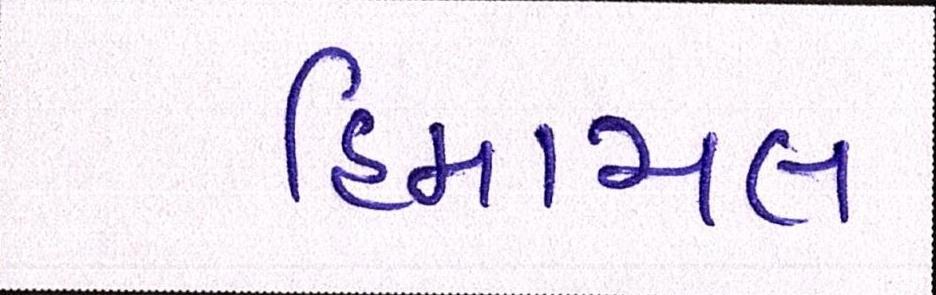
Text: હિમાચલ